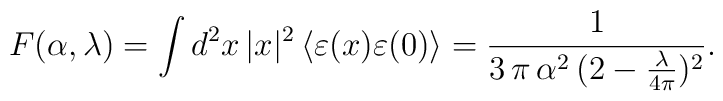
F(\alpha,\lambda)=\int d^2x\, |x|^2\, \langle\varepsilon(x)\varepsilon(0)\rangle =\frac{1}{3\, \pi \,\alpha^2\,(2 - \frac{\lambda}{4\pi})^2}.